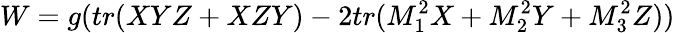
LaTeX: W=g(tr(XYZ+XZY)-2tr(M_{1}^{2}X+M_{2}^{2}Y+M_{3}^{2}Z))